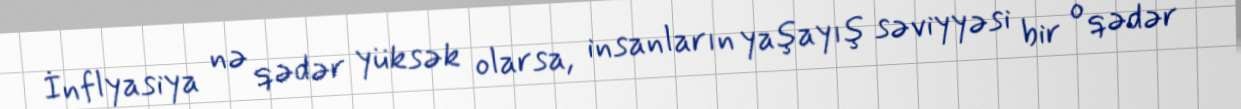
İnflyasiya nə qədər yüksək olarsa, insanların yaşayış səviyyəsi bir o qədər